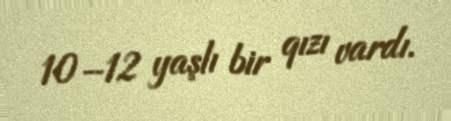
10–12 yaşlı bir qızı vardı.